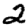
Digit: 2